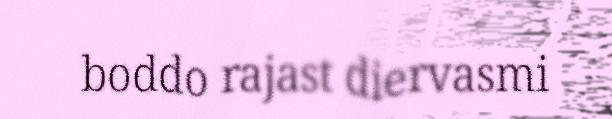
boddo rajast diervasmi